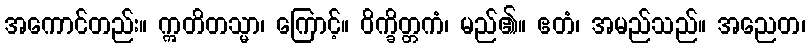
အကောင်တည်း။ ဣတိတသ္မာ၊ ကြောင့်။ ဝိက္ခိတ္တကံ၊ မည်၏။ ဧတံ၊ အမည်သည်။ အညေတ၊